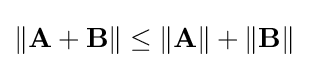
\|\mathbf {A} +\mathbf {B} \|\leq \|\mathbf {A} \|+\|\mathbf {B} \|